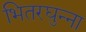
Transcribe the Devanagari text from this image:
भितरघुन्ना